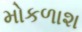
મોકળાશ